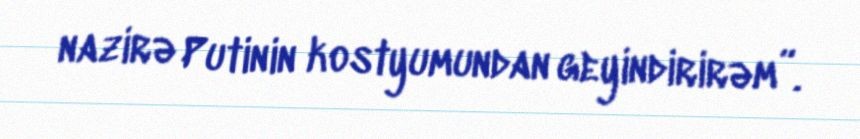
nazirə Putinin kostyumundan geyindirirəm”.